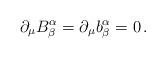
LaTeX: \begin{align*}\partial_{\mu}B^{\alpha}_{\beta}=\partial_{\mu}b^{\alpha}_{\beta}=0\,.\end{align*}